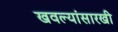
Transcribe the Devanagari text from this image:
खवल्यांसारखी